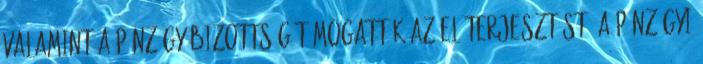
valamint a Pénzügy Bizottság támogatták az előterjesztést. A Pénzügyi